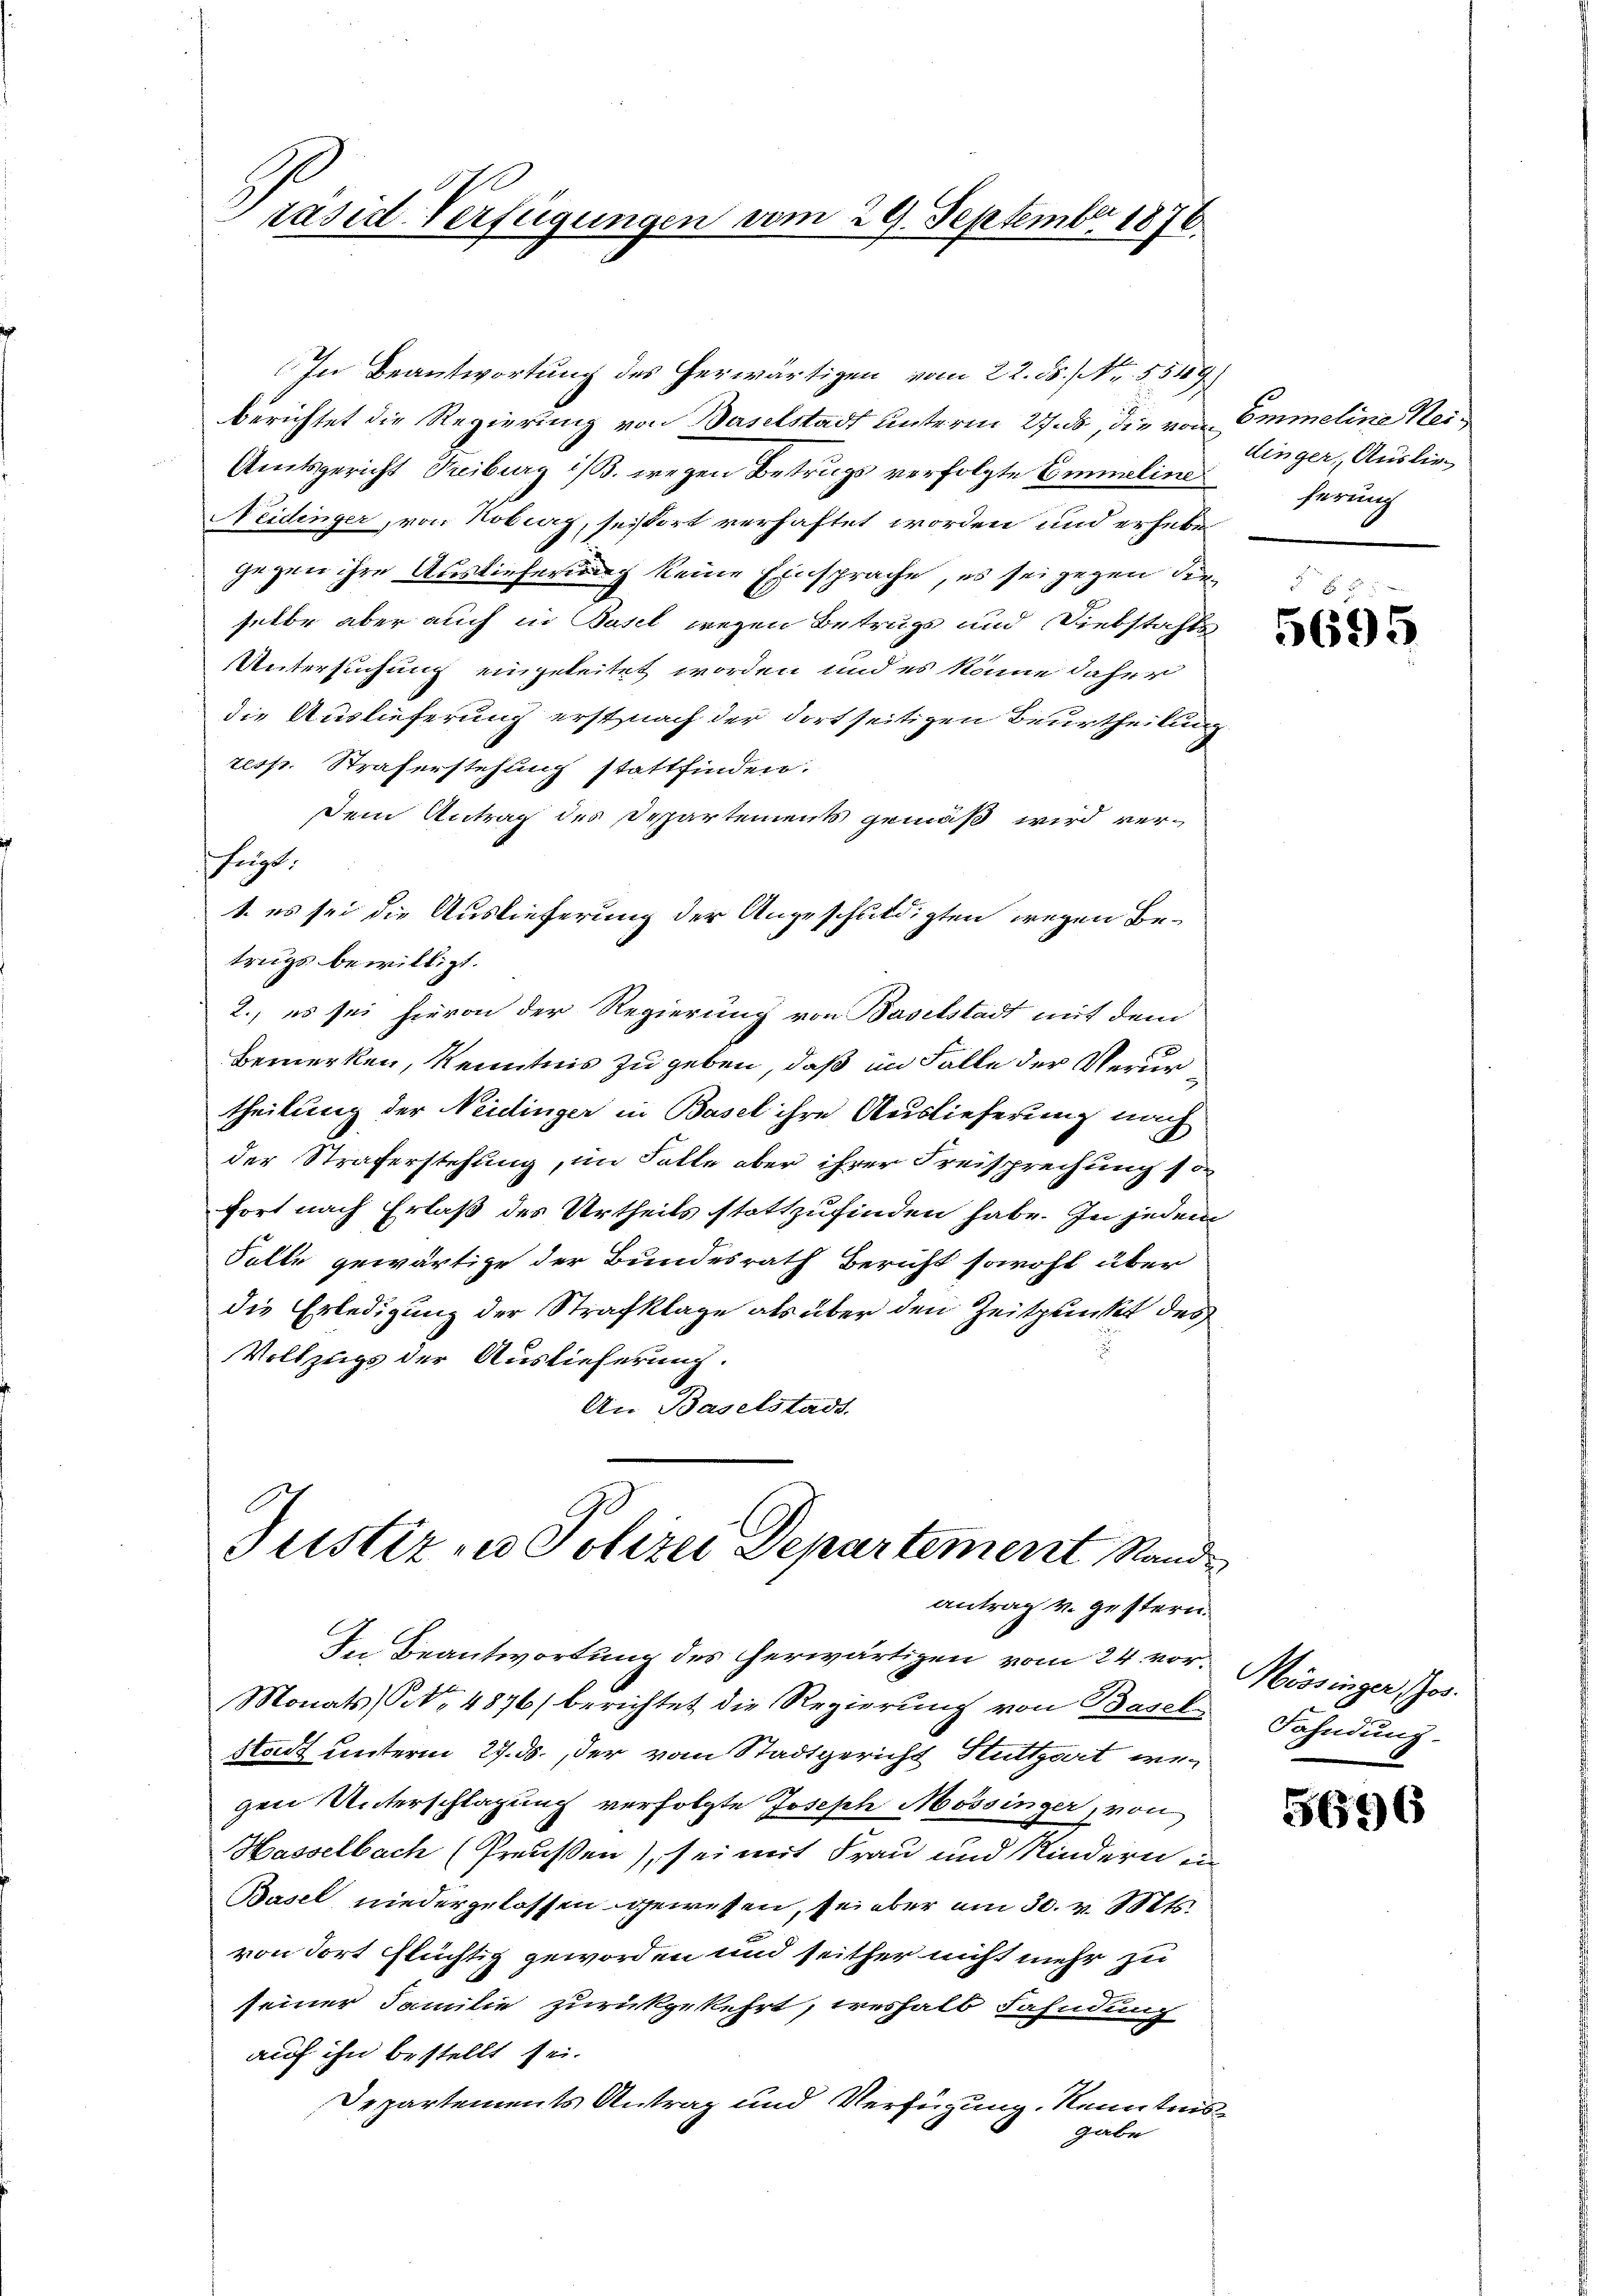
räsid. Verfügungen vom 29. September 1876.

antrag v. gestern.

In Beantwortung des herwärtigen vom 22. ds. [Nr. 5549/
berichtet die Regierung von Baselstadt unterm 27. ds, die von Emmeline Hei¬
Amtsgericht Freiburg ist. wegen Betrugs verfolgte Eimelieferung
Neidinger, von Koberg, seistort verhaftet worden und erhebe
gegen ihre Auslieferung keine Einsprache, es sei gegen den
selbe aber auch in Basel wegen Betrugs und Diebstahls
Untersuchung eingeleitet worden und es könne daher
die Auslieferung erst nach der dortseitigen Beurtheilung
resp. Straferstehung stattfinden.
dem Antrag des Departements gemäß wird verfrägt,
1. es sei die Auslieferung der Angeschuldigten wegen Betrugs bewilligt.
2., es sei hievon der Regierung von Baselstadt mit dem
Bemerken, Kenntnis zu geben, daß im Falle der Verurtheilung der Neidinger in Basel ihre Auslieferung nach
der Straferstehung, im Falle aber ihrer Freisprechung so
fort nach Erlaß des Urtheils stattzufinden habe. In jedem
Solle gewärtige der Bundesrath Bericht sowohl über
die Erledigung der Strafklage als über den Zeitpunkt des
Vollzugs der Auslieferung.
An Baselstadt.
Justiz u. Polizei Departement Stande

In Beantwortung des herwärtigen vom 24. vor¬
Monats (Art. 4876/ berichtet die Regierung von Basel-
Stadt unterm 27. ds., der vom Stadtgericht Stuttgart we
gen Unterschlagung verfolgte Joseph Mössinger, von
Hasselbach (Preußen), sei mit Frau und Kindern in
Basel niedergelassen gewessen, sei aber am 30. v. Mts.
von dort flüchtig geworden und seither nicht mehr zu
seiner Familie zurückgekehrt, weshalb Fahndung
auf ihn bestellt sei.
Departements Antrag und Verfügung Kenntnisgabe

dinger, Auslie¬

5695

Mörsinger Jos.
Fahndung.

5696